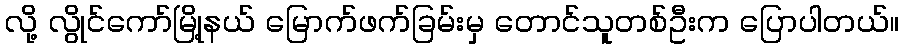
လို့ လွိုင်ကော်မြို့နယ် မြောက်ဖက်ခြမ်းမှ တောင်သူတစ်ဦးက ပြောပါတယ်။